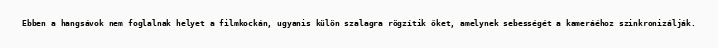
Ebben a hangsávok nem foglalnak helyet a filmkockán, ugyanis külön szalagra rögzítik őket, amelynek sebességét a kameráéhoz szinkronizálják.